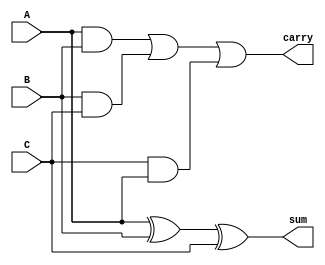
module fulladder1(A, B, C, sum, carry);
	input A, B;
	input C;
	output sum, carry;
	assign sum = (A^B)^C;
	assign carry = (A&B)|(B&C)|(C&A);
endmodule